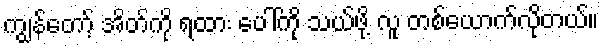
ကျွန်တော့် အိတ်ကို ရထား ပေါ်ကို သယ်ဖို့ လူ တစ်ယောက်လိုတယ်။